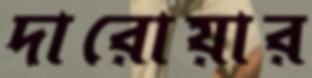
দারোয়ার